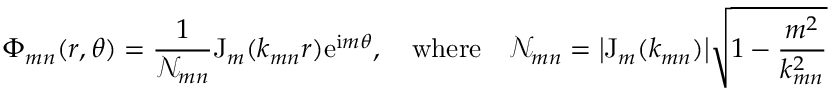
\Phi _ { m n } ( r , \theta ) = \frac { 1 } { \mathscr { N } _ { m n } } \mathrm { J } _ { m } ( k _ { m n } r ) \mathrm { e } ^ { \mathrm { i } m \theta } , \quad \mathrm { w h e r e } \quad \mathscr { N } _ { m n } = \big | \mathrm { J } _ { m } ( k _ { m n } ) \big | \sqrt { 1 - \frac { m ^ { 2 } } { k _ { m n } ^ { 2 } } }